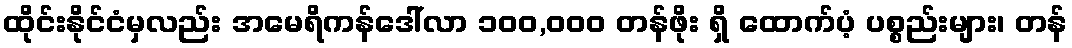
ထိုင်းနိုင်ငံမှလည်း အမေရိကန်ဒေါ်လာ ၁၀၀,၀၀၀ တန်ဖိုး ရှိ ထောက်ပံ့ ပစ္စည်းများ၊ တန်